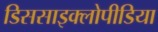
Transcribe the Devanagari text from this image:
डिससाइक्लोपीडिया